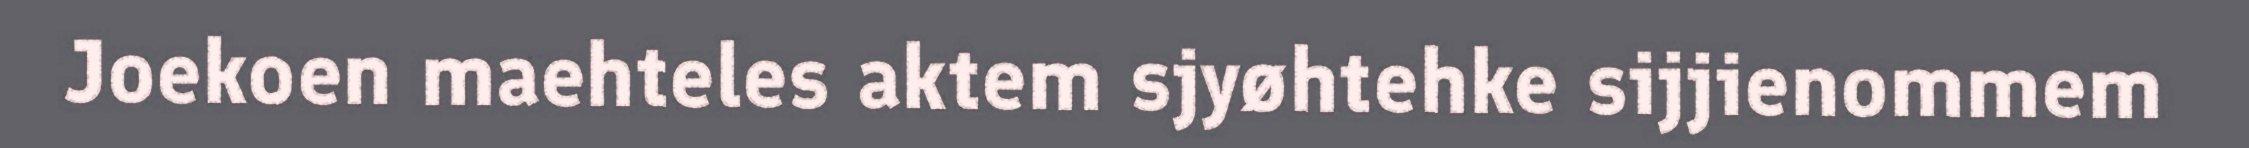
Joekoen maehteles aktem sjyøhtehke sijjienommem